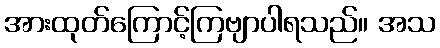
အားထုတ်ကြောင့်ကြဗျာပါရသည်။ အသ